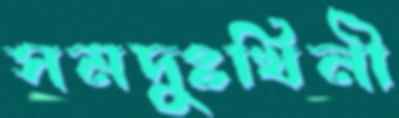
সমদুঃখিনী